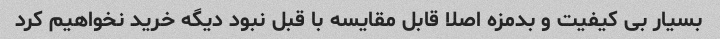
بسیار بی کیفیت و بدمزه اصلا قابل مقایسه با قبل نبود دیگه خرید نخواهیم کرد